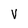
Character: V